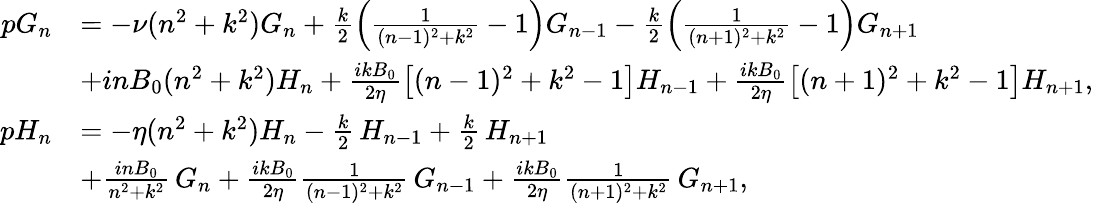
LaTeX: \begin{array}{rl}{pG_{n}}&{=-\nu(n^{2}+k^{2})G_{n}+\frac{k}{2}\left(\frac{1}{(n-1)^{2}+k^{2}}-1\right)G_{n-1}-\frac{k}{2}\left(\frac{1}{(n+1)^{2}+k^{2}}-1\right)G_{n+1}}\\ &{+inB_{0}(n^{2}+k^{2})H_{n}+\frac{ikB_{0}}{2\eta}\bigl[(n-1)^{2}+k^{2}-1\bigr]H_{n-1}+\frac{ikB_{0}}{2\eta}\bigl[(n+1)^{2}+k^{2}-1\bigr]H_{n+1},}\\ {pH_{n}}&{=-\eta(n^{2}+k^{2})H_{n}-\frac{k}{2}\, H_{n-1}+\frac{k}{2}\, H_{n+1}}\\ &{+\frac{inB_{0}}{n^{2}+k^{2}}\, G_{n}+\frac{ikB_{0}}{2\eta}\frac{1}{(n-1)^{2}+k^{2}}\, G_{n-1}+\frac{ikB_{0}}{2\eta}\frac{1}{(n+1)^{2}+k^{2}}\, G_{n+1},}\end{array}